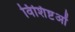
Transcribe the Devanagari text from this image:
विशिष्टओं